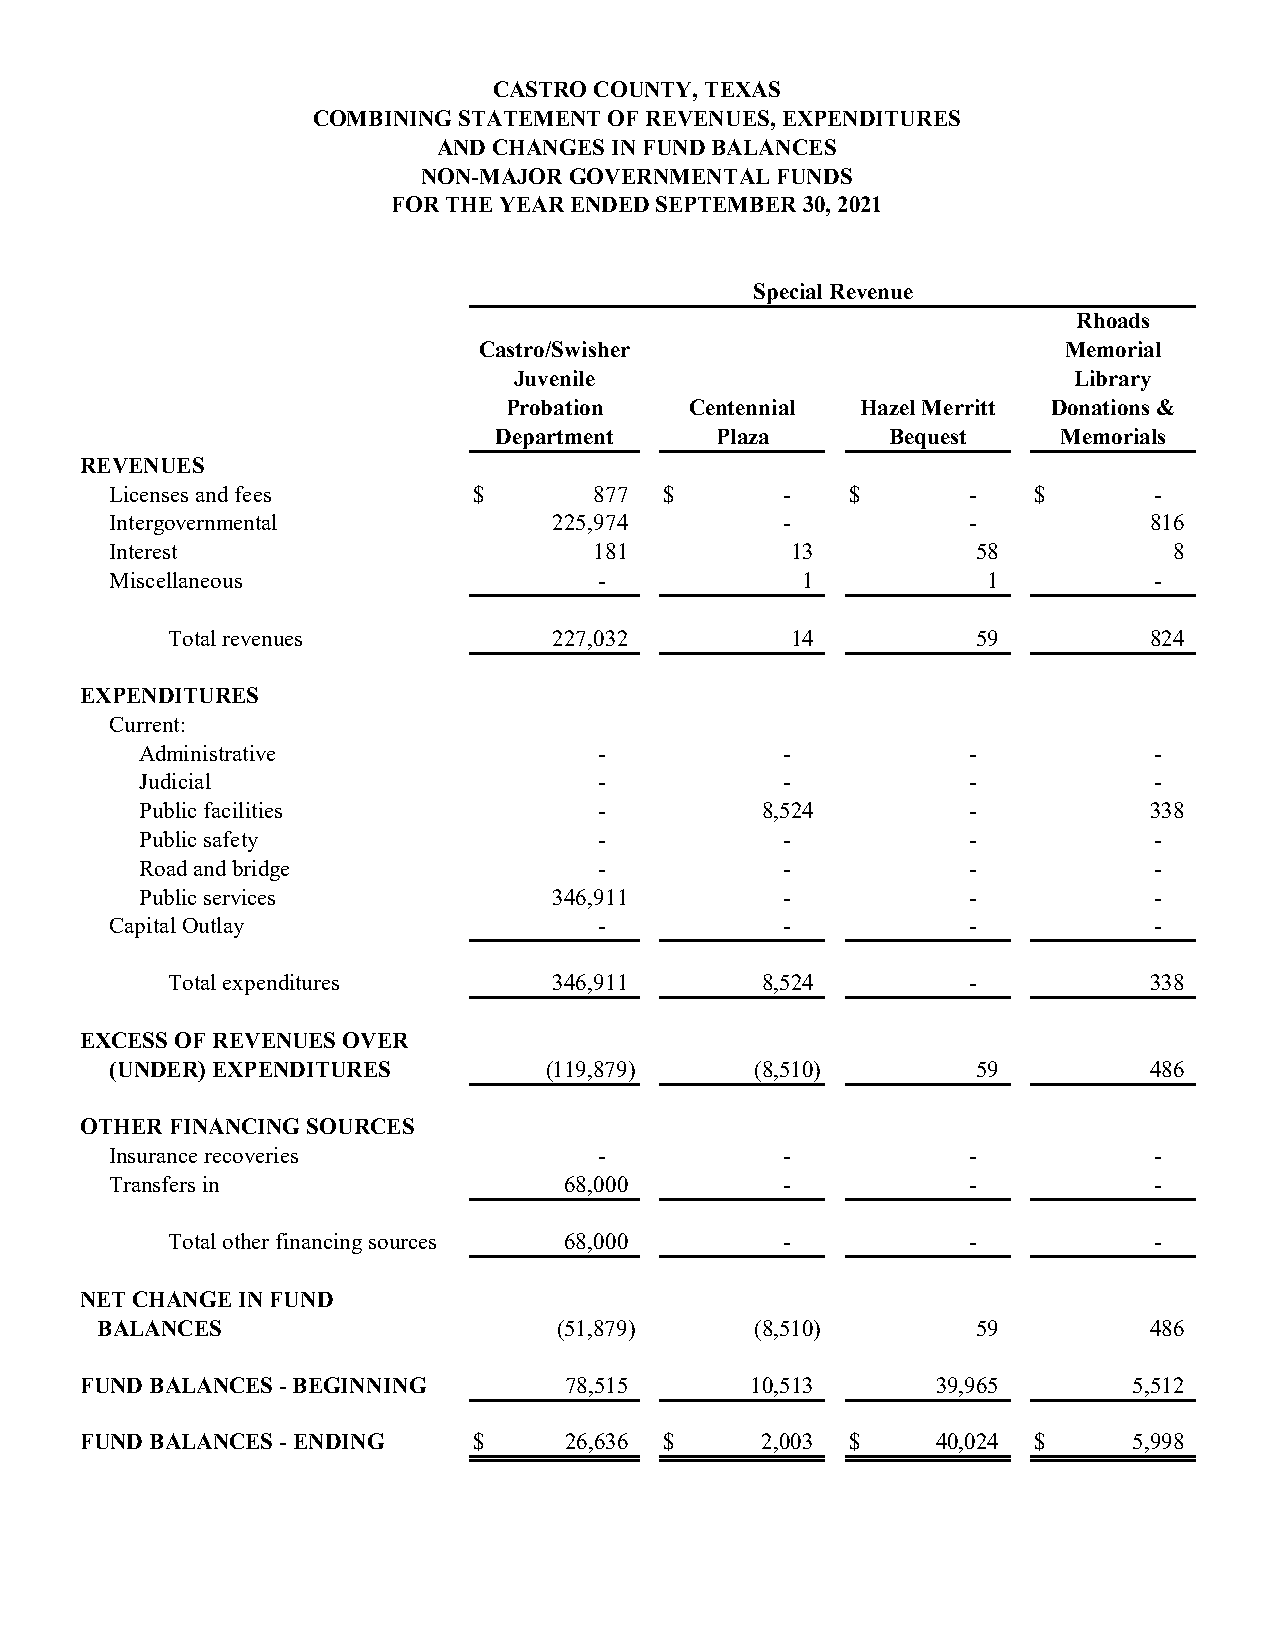
CASTRO COUNTY, TEXAS
 COMBINING STATEMENT OF REVENUES, EXPENDITURES
 AND CHANGES IN FUND BALANCES
 NON-MAJOR GOVERNMENTAL FUNDS
 FOR THE YEAR ENDED SEPTEMBER 30, 2021
 Special Revenue
 Rhoads
 Castro/Swisher                        Memorial
 Juvenile                             Library
 Probation    Centennial Hazel Merritt Donations &
 Department    Plaza       Bequest    Memorials
 REVENUES
 Licenses and fees       $       877  $       -   $       -   $       -
 Intergovernmental             225,974        -           -           816
 Interest                        181          13           58           8
 Miscellaneous                    -            1           1          -
 Total revenues            227,032        14           59         824
 EXPENDITURES
 Current:
 Administrative                 -           -           -           -
 Judicial                       -           -           -           -
 Public facilities              -         8,524         -           338
 Public safety                  -           -           -           -
 Road and bridge                -           -           -           -
 Public services             346,911        -           -           -
 Capital Outlay                   -           -           -           -
 Total expenditures        346,911      8,524         -           338
 EXCESS OF REVENUES OVER
 (UNDER) EXPENDITURES         (119,879)     (8,510)        59         486
 OTHER FINANCING SOURCES
 Insurance recoveries             -           -           -           -
 Transfers in                  68,000         -           -           -
 Total other financing sources 68,000     -           -           -
 NET CHANGE IN FUND
 BALANCES                       (51,879)     (8,510)        59         486
 FUND BALANCES - BEGINNING       78,515       10,513      39,965       5,512
 FUND BALANCES - ENDING    $     26,636 $     2,003 $     40,024 $     5,998